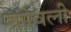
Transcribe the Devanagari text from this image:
क्रोवली